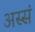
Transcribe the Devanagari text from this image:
अस्सं